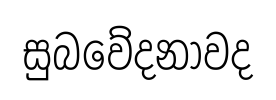
සුබවේදනාවද